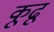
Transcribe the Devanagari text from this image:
कूढू